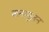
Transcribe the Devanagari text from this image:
कन्फ़्यूज़न